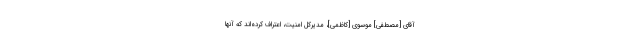
آقاى [مصطفی] موسوى [کاظمی]، مدیركل امنیت، اعتراف ‌كرده‌اند كه آنها